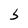
Character: S